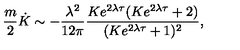
\frac { m } { 2 } \dot { K } \sim - \frac { \lambda ^ { 2 } } { 1 2 \pi } \frac { K e ^ { 2 \lambda \tau } ( K e ^ { 2 \lambda \tau } + 2 ) } { ( K e ^ { 2 \lambda \tau } + 1 ) ^ { 2 } } ,